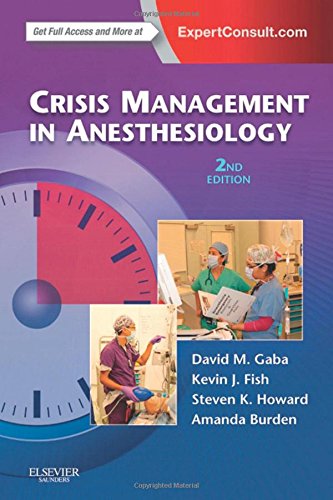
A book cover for Crisis Management in Anesthesiology, 2e; David M. Gaba MD; Medical Books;